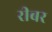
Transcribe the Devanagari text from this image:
रीबर